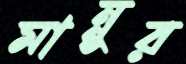
মান্নুর